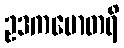
ဥဒကမောတရိ